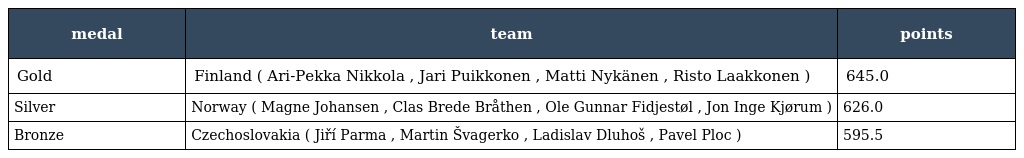
| medal | team | points |
 | --- | --- | --- |
 | Gold | Finland ( Ari-Pekka Nikkola , Jari Puikkonen , Matti Nykänen , Risto Laakkonen ) | 645.0 |
 | Silver | Norway ( Magne Johansen , Clas Brede Bråthen , Ole Gunnar Fidjestøl , Jon Inge Kjørum ) | 626.0 |
 | Bronze | Czechoslovakia ( Jiří Parma , Martin Švagerko , Ladislav Dluhoš , Pavel Ploc ) | 595.5 |